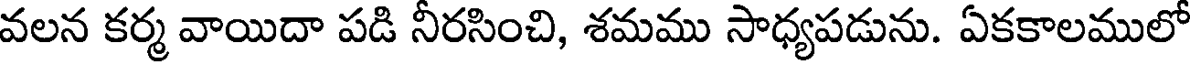
వలన కర్మ వాయిదా పడి నీరసించి, శమము సాధ్యపడును. ఏకకాలములో